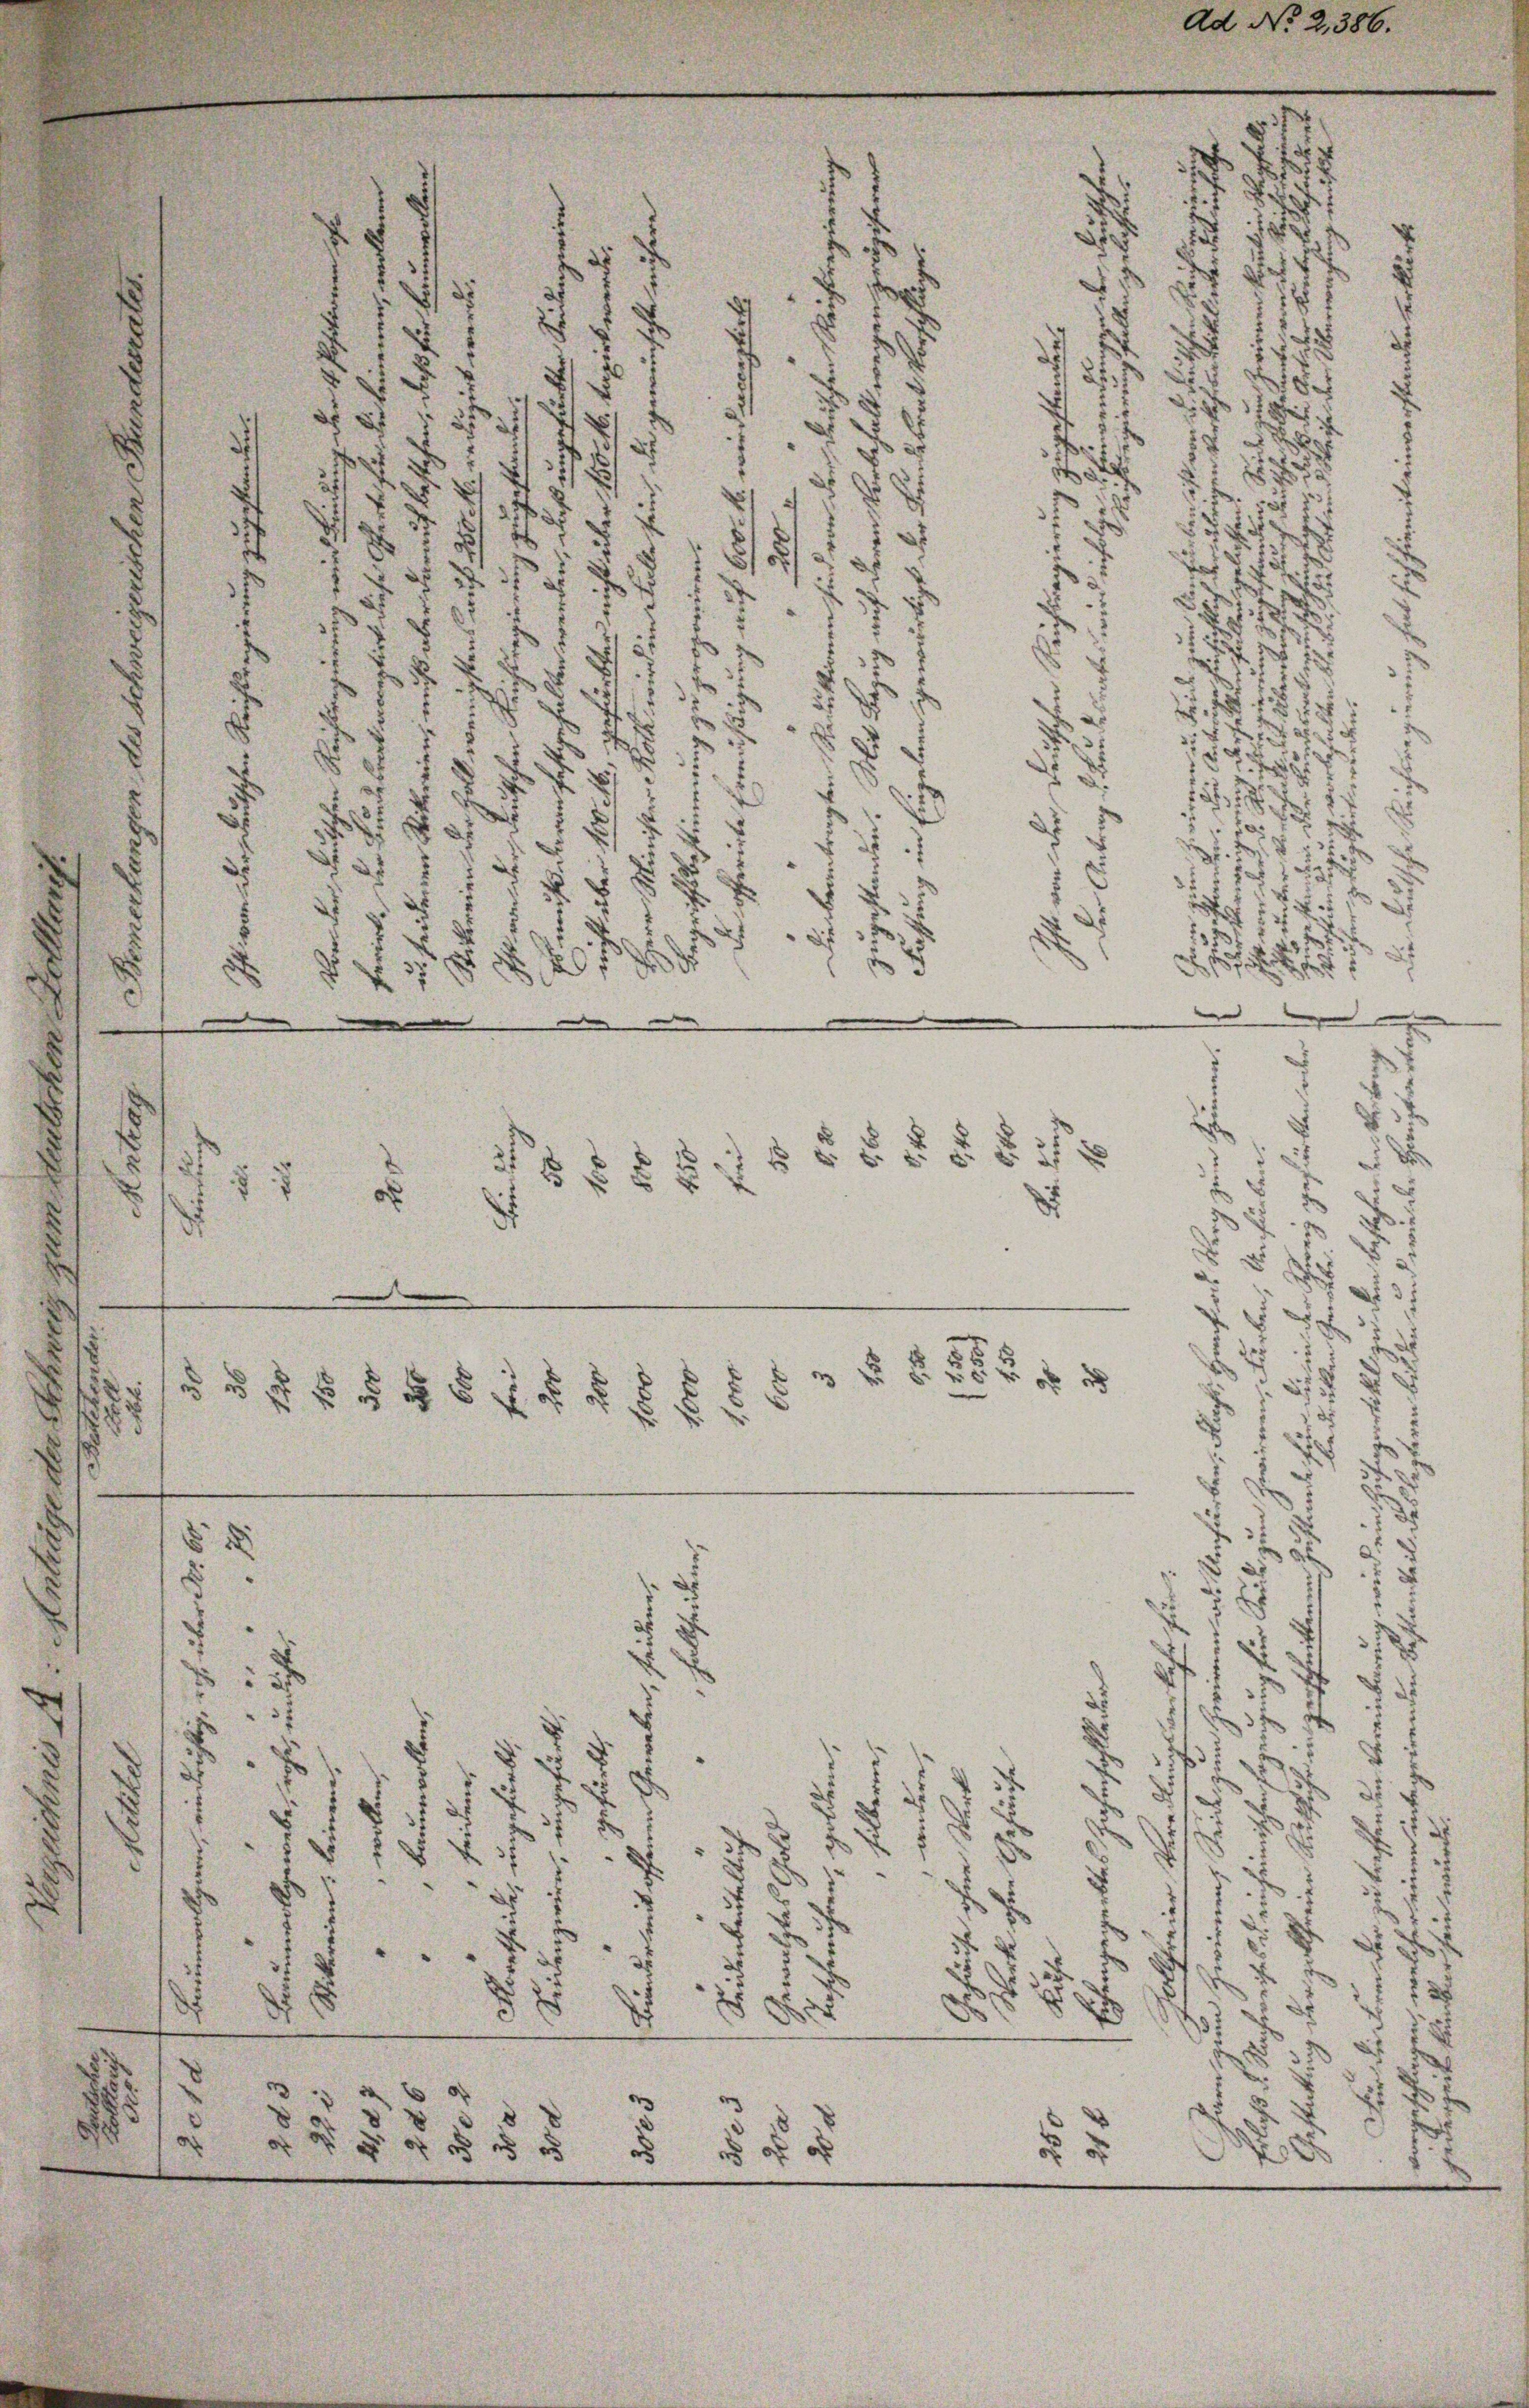
d
s
2
5
4
d

x

8
5
e
.
2
d
u
8
xx
s
2
u
.
2
x
2
2f 0 x
1
u
5
1 x
di
32
c
d

5
d
e
.
2
35
e
5
82
5
.
u
8

54
d
1 § 5

.
8
2
6 f 5 xx
§ 8
.
 s f 54
¬
3
5
a
8

¬
x
d
.
.
7
d
7
2

d
¬
.
.
.
8
8 n 37
8
e
e
.
d
8
.
e
.
8
g e g e g e f g

e

.

u
d
n

555 f 5 § 1 x
x
d
e
d
35.
.
d
§ 5 Ar
.
u
 f 48 x

 f 0 x
25.

Ad No 2,386.